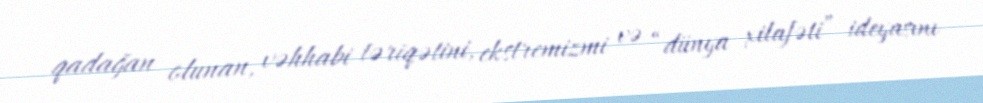
qadağan olunan, vəhhabi təriqətini, ekstremizmi və “dünya xilafəti” ideyasını